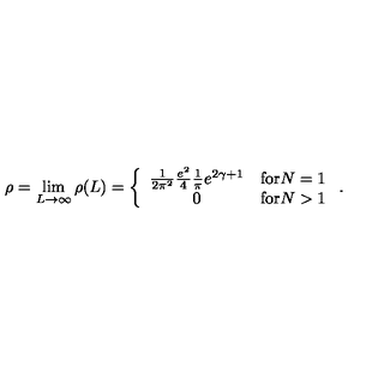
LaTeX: \rho = \lim _ { L \rightarrow \infty } \rho ( L ) = \left\{ \begin{array} { c r } { \frac { 1 } { 2 \pi ^ { 2 } } \frac { e ^ { 2 } } { 4 } \frac { 1 } { \pi } e ^ { 2 \gamma + 1 } } & { \mathrm { f o r } N = 1 } \\ { 0 } & { \mathrm { f o r } N > 1 } \\ \end{array} \right. .